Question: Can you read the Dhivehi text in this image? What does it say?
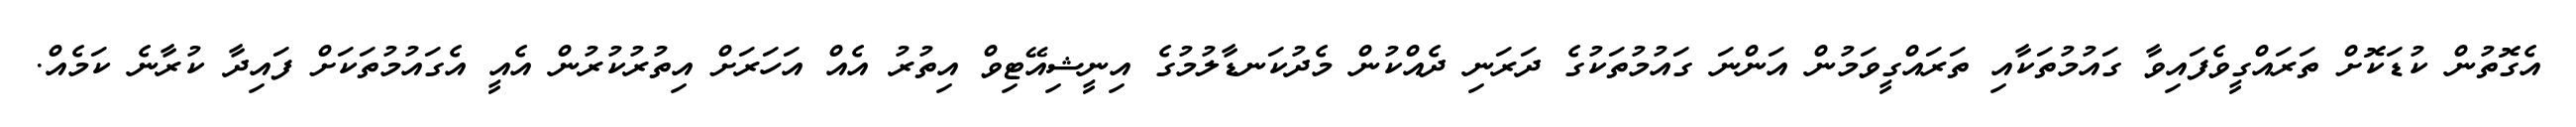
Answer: އެގޮތުން ކުޑަކޮށް ތަރައްގީވެފައިވާ ގައުމުތަކާއި ތަރައްގީވަމުން އަންނަ ގައުމުތަކުގެ ދަރަނި ދެއްކުން މެދުކަނޑާލުމުގެ އިނީޝިއޭޓިވް އިތުރު އެއް އަހަރަށް އިތުރުކުރުން އެއީ އެގައުމުތަކަށް ފައިދާ ކުރާނެ ކަމެއް.